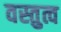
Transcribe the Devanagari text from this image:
वस्तुत्व